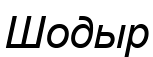
Шодыр